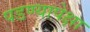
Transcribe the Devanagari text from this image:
पडण्यापेक्षा